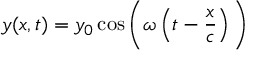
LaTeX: y ( x , t ) = y _ { 0 } \cos { \Bigg ( } \omega \left( t - { \frac { x } { c } } \right) { \Bigg ) }